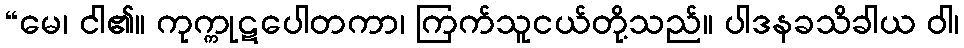
“မေ၊ ငါ၏။ ကုက္ကုဋပေါတကာ၊ ကြက်သူငယ်တို့သည်။ ပါဒနခသိခါယ ဝါ၊